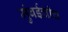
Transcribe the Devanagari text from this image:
मुंबईचीच